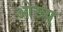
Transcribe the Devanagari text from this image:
ओख्यु